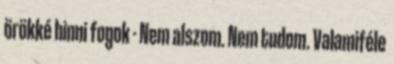
örökké hinni fogok - Nem alszom. Nem tudom. Valamiféle